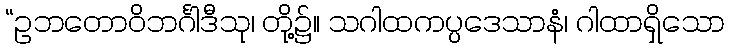
“ဥဘတောဝိဘင်္ဂါဒီသု၊ တို့၌။ သဂါထကပ္ပဒေသာနံ၊ ဂါထာရှိသော